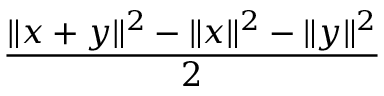
\frac { \| x + y \| ^ { 2 } - \| x \| ^ { 2 } - \| y \| ^ { 2 } } { 2 }